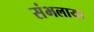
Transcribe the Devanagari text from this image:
संभलाया